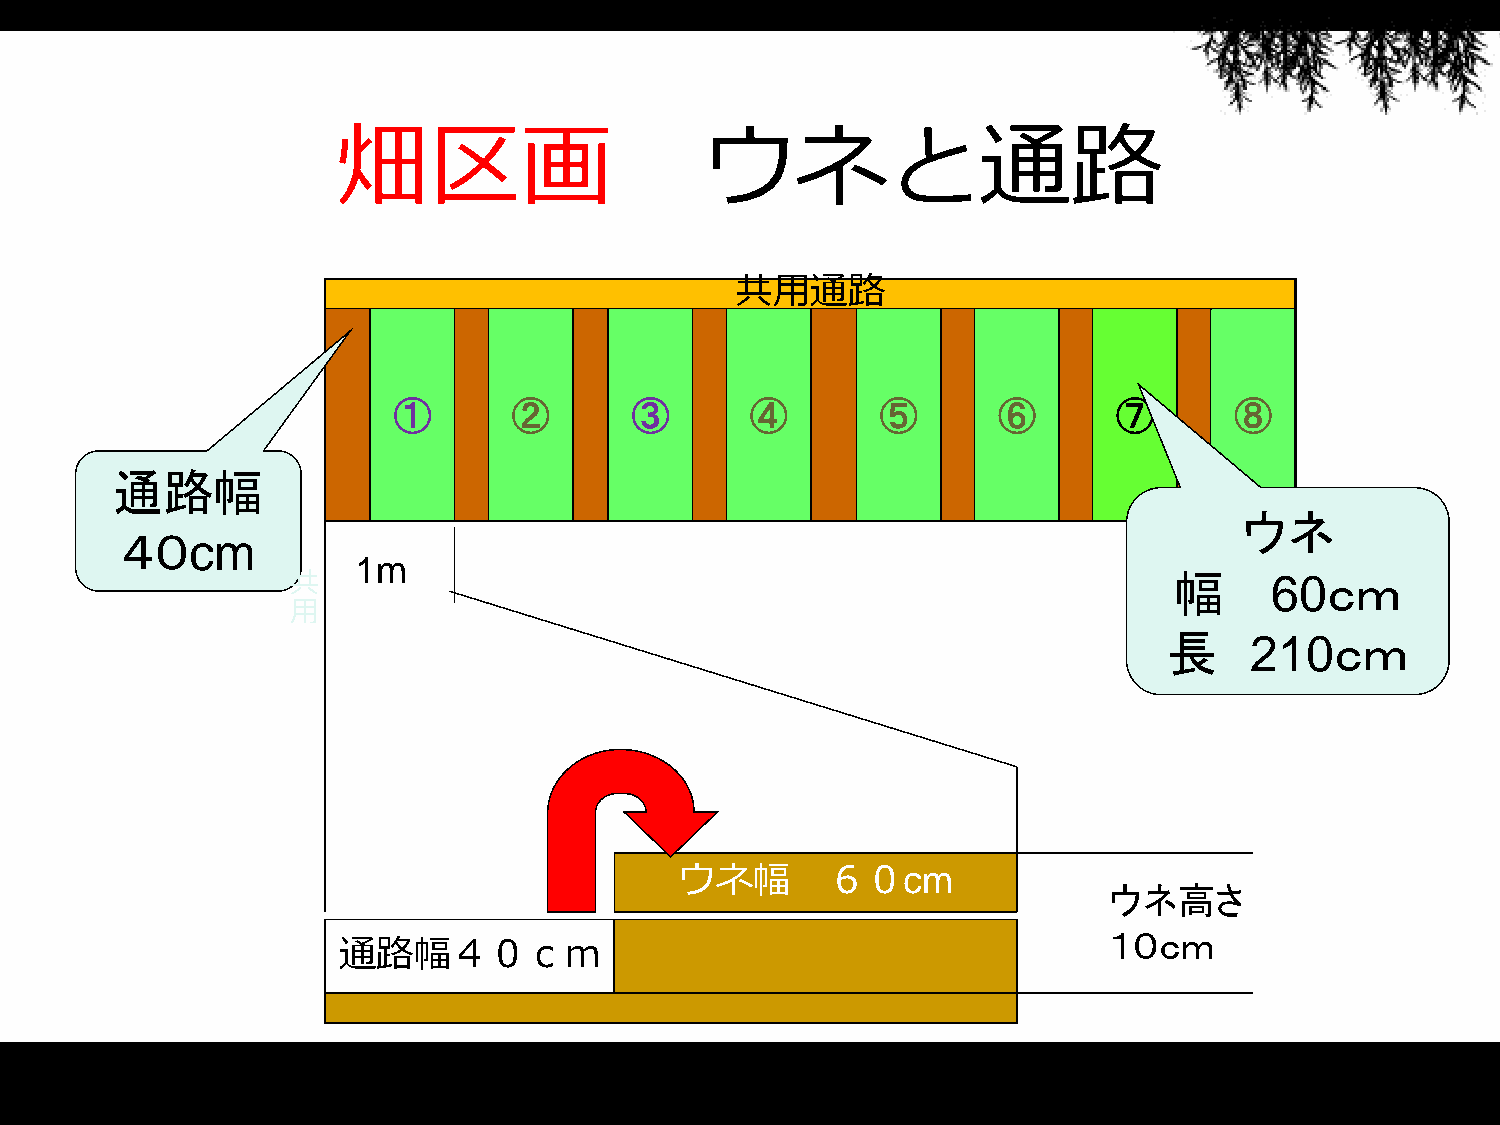
畑区画                      ウネと通路
 共用通路
 ①       ②       ③       ④       ⑤       ⑥       ⑦       ⑧
 通路幅
 ウネ
 ４０cm
 1m
 共                                                          幅     60ｃｍ
 用
 長     210ｃｍ
 ウネ幅       ６０cm
 ウネ高さ
 通路幅４０ｃｍ
 １０ｃｍ